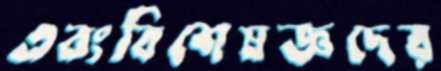
এবংবিশেষজ্ঞদের